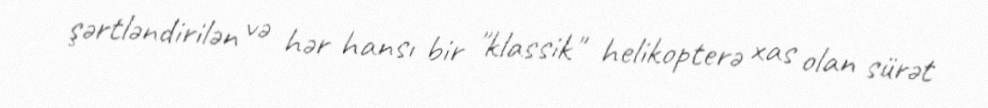
şərtləndirilən və hər hansı bir "klassik" helikopterə xas olan sürət